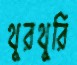
থুরথুরি